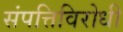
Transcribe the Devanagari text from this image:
संपत्तिविरोधी